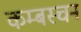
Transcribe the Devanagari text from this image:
कम्बस्चन